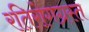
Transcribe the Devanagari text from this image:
रतिरोगग्रस्त